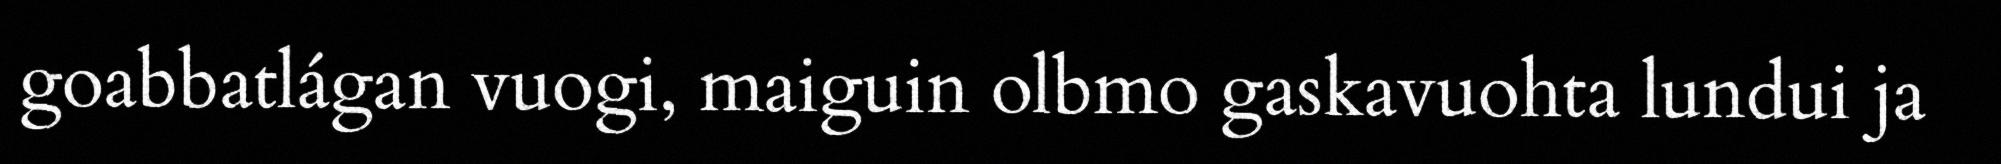
goabbatlágan vuogi, maiguin olbmo gaskavuohta lundui ja